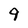
Character: 9